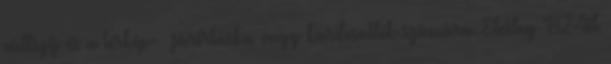
vállszíj és a térkép- járőrtáska vagy kardcsatlék számára. Elvileg '82-től